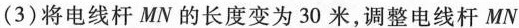
(3)将电线杆MN的长度变为30米，调整电线杆MN